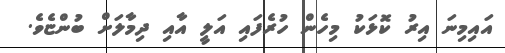
އައިމިނަ އިރު ކޮޅަކު މިހެން ހުރެފައި އަލީ އާއި ދިމާލަށް ބުންޏެވެ.